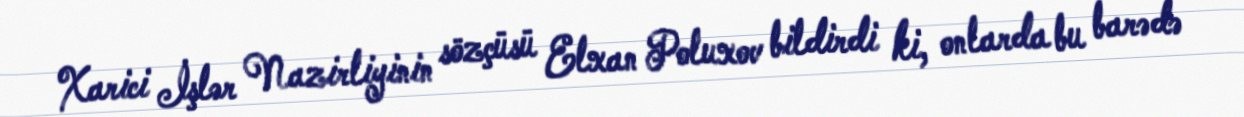
Xarici İşlər Nazirliyinin sözçüsü Elxan Poluxov bildirdi ki, onlarda bu barədə